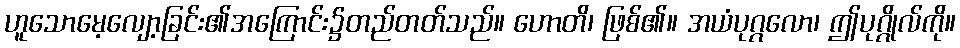
ဟူသောမေ့လျော့ခြင်း၏အကြောင်း၌တည်တတ်သည်။ ဟောတိ၊ ဖြစ်၏။ အယံပုဂ္ဂလော၊ ဤပုဂ္ဂိုလ်ကို။